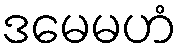
ဒမေမဟံ